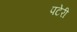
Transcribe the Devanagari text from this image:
पटेरी